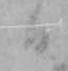
日